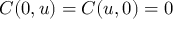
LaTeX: C ( 0 , u ) = C ( u , 0 ) = 0